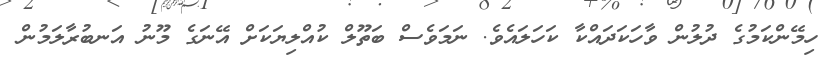
ހިމޭންކަމުގެ ދުލުން ވާހަކަދައްކާ ކަހަލައެވެ. ނަމަވެސް ބަތޫލް ކުއްލިޔަކަށް އޭނަގެ މޫނު އަނބުރާލަމުން